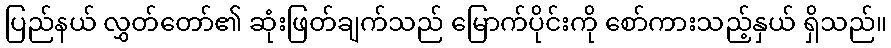
ပြည်နယ် လွှတ်တော်၏ ဆုံးဖြတ်ချက်သည် မြောက်ပိုင်းကို စော်ကားသည့်နှယ် ရှိသည်။